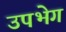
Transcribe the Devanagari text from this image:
उपभेग